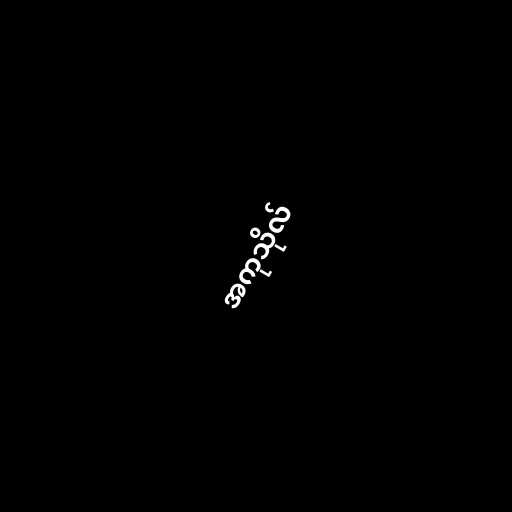
အကုသိုလ်